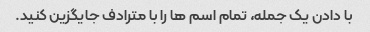
با دادن یک جمله، تمام اسم ها را با مترادف جایگزین کنید.